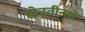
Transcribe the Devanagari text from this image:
दोनतीनशें